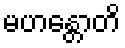
မဟန္တောတိ